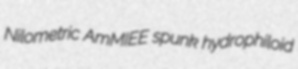
Nilometric AmMIEE spunk hydrophiloid